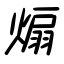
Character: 煽